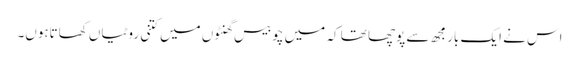
اس نے ایک بار مجھ سے پوچھا تھا کہ میں چوبیس گھنٹوں میں کتنی روٹیاں کھاتاہوں۔